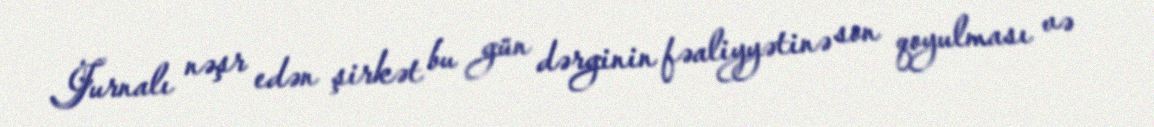
Jurnalı nəşr edən şirkət bu gün dərginin fəaliyyətinə son qoyulması və